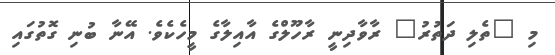
މި "ތެލި ދަތުރު" ރާވާދިނީ ރާހޫލްގެ އާއިލާގެ މީހެކެވެ. އޭނާ ބުނި ގޮތުގައި